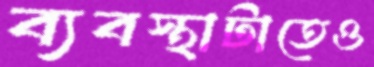
ব্যবস্থাটাতেও